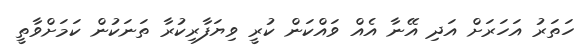
ހަތަރު އަހަރަށް އަދި އޭނާ އެއް ވައްކަން ކުރީ ވިޔަފާރިކުރާ ތަނަކުން ކަމަށްވާތީ